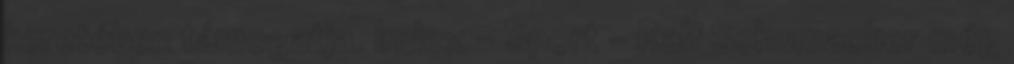
keretében támogatja. Index - Sport - Ralf Schumacher még